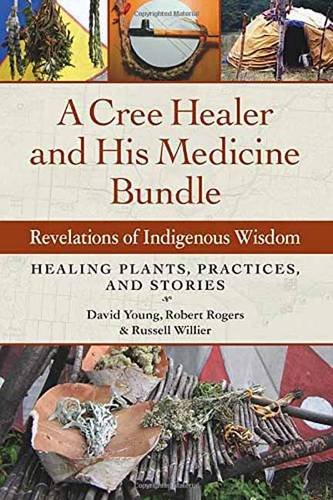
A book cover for A Cree Healer and His Medicine Bundle: Revelations of Indigenous Wisdom--Healing Plants, Practices, and Stories; David Young; Biographies & Memoirs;